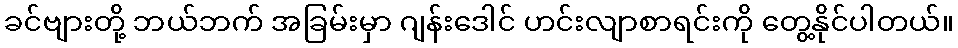
ခင်ဗျားတို့ ဘယ်ဘက် အခြမ်းမှာ ဂျန်းဒေါင် ဟင်းလျာစာရင်းကို တွေ့နိုင်ပါတယ်။